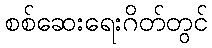
စစ်ဆေးရေးဂိတ်တွင်